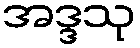
အဒ္ဒသု